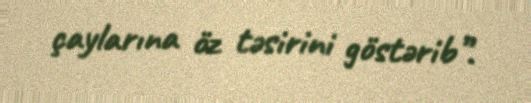
çaylarına öz təsirini göstərib”.